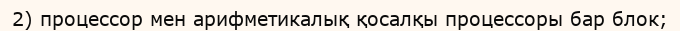
2) процессор мен арифметикалық қосалқы процессоры бар блок;